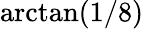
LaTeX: \arctan(1/8)